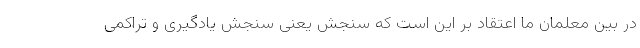
در بین معلمان ما اعتقاد بر این است که سنجش یعنی سنجش یادگیری و تراکمی